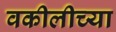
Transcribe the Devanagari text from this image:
वकीलीच्या